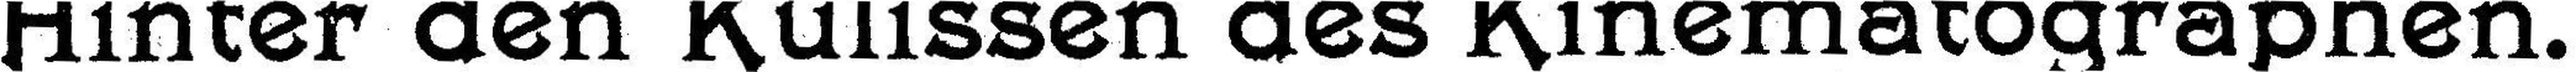
Hinter den Kulissen des Kinematographen.